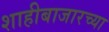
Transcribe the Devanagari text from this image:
शाहीबाजारच्या